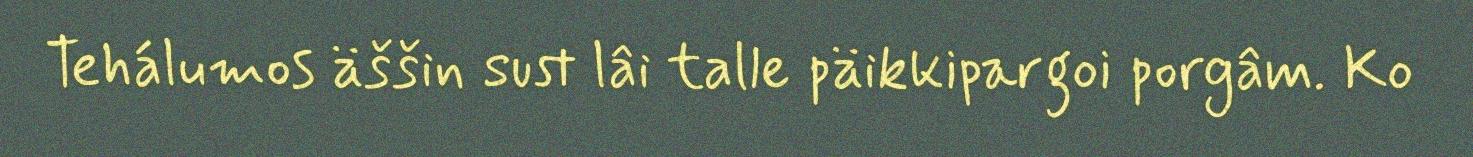
Tehálumos äššin sust lâi talle päikkipargoi porgâm. Ko